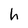
Character: h